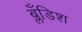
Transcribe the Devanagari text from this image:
ब्लँडिश